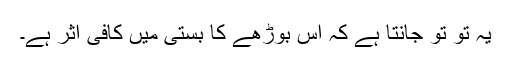
یہ تو تو جانتا ہے کہ اس بوڑھے کا بستی میں کافی اثر ہے۔